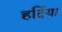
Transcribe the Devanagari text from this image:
हर्दिया